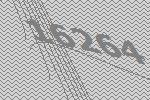
16264